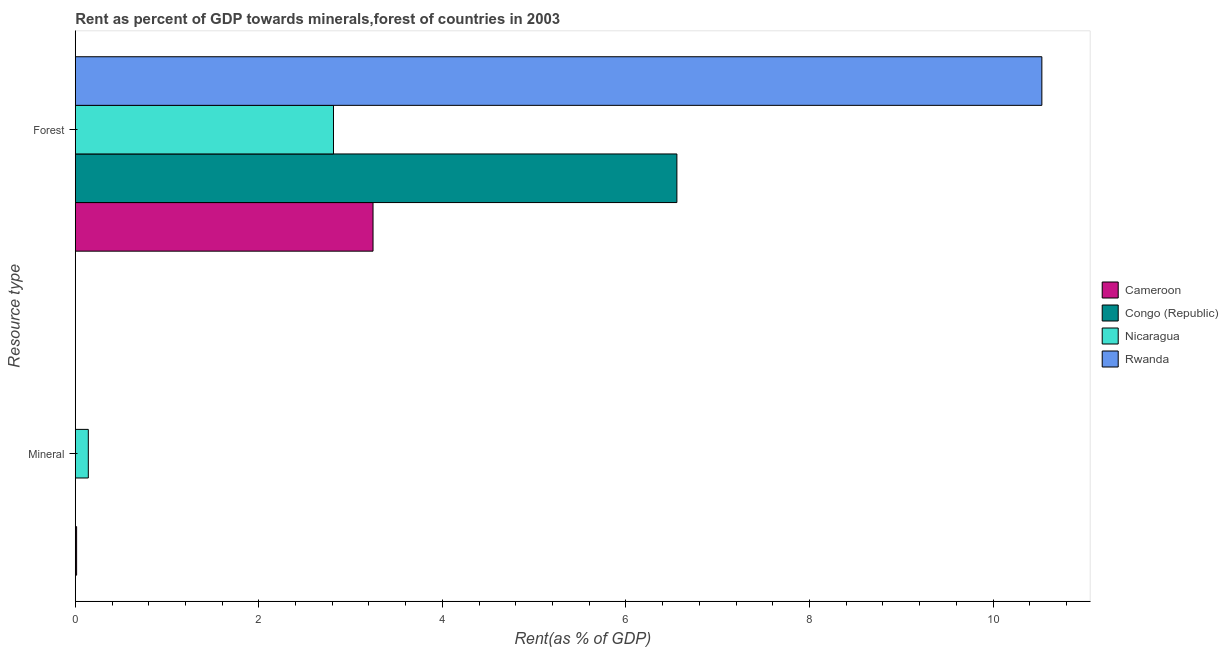
| Resource type | Cameroon | Congo (Republic) | Nicaragua | Rwanda |
 | --- | --- | --- | --- | --- |
 | Mineral | 0.0142 | 0.000554 | 0.142 | 0.00105 |
 | Forest | 3.24 | 6.56 | 2.81 | 10.5 |